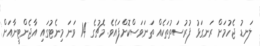
ލަނޑު ޖެހުމަށް ރަނގަޅު ފުރުސަތުތަކެއް ތަނަވަސްކޮށްފައެވެ. މެޗުގެ 14 ވަނަ މިނެޓުގައި އާޖެންޓީނާއަށް